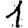
Digit: 1